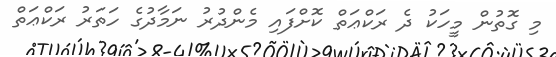
މި ގޮތުން މީހަކު ދެ ރަކްޢަތް ކޮށްފައި މެންދުރު ނަމާދުގެ ހަތަރު ރަކްޢަތް